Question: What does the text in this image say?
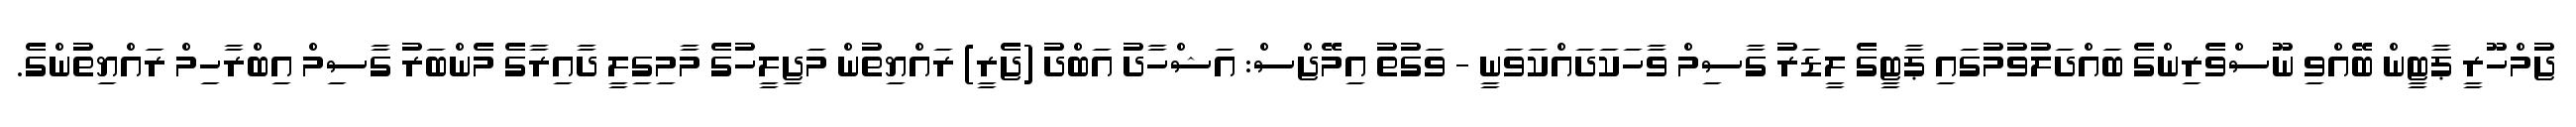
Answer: ޖުމްހޫރީ ޕާޓީން ބޭއްވި ނޫސްވެރިންގެ ބައްދަލުވުމުގައި ޕާޓީގެ ލީޑަރު ގާސިމް ވާހަކަދައްކަވަނީ - ވަގުތު އިމޭޖްސް: އަޝްހާދު އަބްދު (ޖެރީ) ރައްޔިތުން މަޖިލީހުގެ މާމިގިލީ ދާއިރާގެ މެންބަރު ގާސިމް އިބްރާހިމް ރައްޔިތުންގެ.